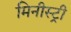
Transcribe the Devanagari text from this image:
मिनीस्‍ट्री